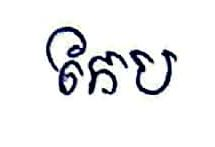
កែប